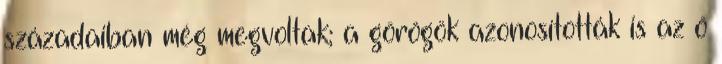
századaiban még megvoltak; a görögök azonosították is az ő